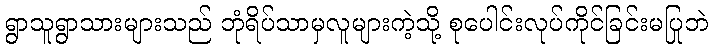
ရွာသူရွာသားများသည် ဘုံရိပ်သာမှလူများကဲ့သို့ စုပေါင်းလုပ်ကိုင်ခြင်းမပြုဘဲ